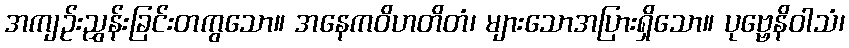
အကျဉ်းညွှန်းခြင်းတကွသော။ အနေကဝိဟတိတံ၊ များသောအပြားရှိသော။ ပုဗ္ဗေနိဝါသံ၊